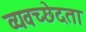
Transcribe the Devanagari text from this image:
व्यवच्छेदता